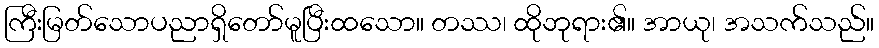
ကြီးမြတ်သောပညာရှိတော်မူပြီးထသော။ တဿ၊ ထိုဘုရား၏။ အာယု၊ အသက်သည်။